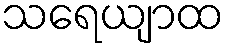
သရေယျာထ